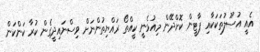
އެއީ އުސޫލުތަކަކާއި ޕާޓީން ކޮށްދޭން މިއުޅެނީ ކީއްތޯ ރައްޔިތުންނަށް ވިސްނައިދީގެން ކުރާ ކަންކަން